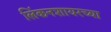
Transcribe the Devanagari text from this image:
लिंकनशायरच्या